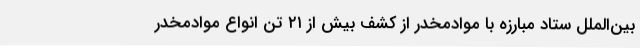
بین‌الملل ستاد مبارزه با موادمخدر از کشف بیش از ۲۱ تن انواع موادمخدر